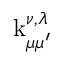
\operatorname { k } _ { \mu \mu ^ { \prime } } ^ { \nu , \lambda }